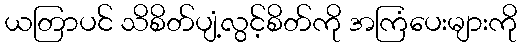
ယတြာပင် သိစိတ်ပျံ့လွင့်စိတ်ကို အကြံပေးများကို